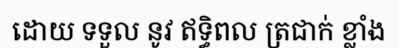
ដោយ ទទួល នូវ ឥទ្ធិពល ត្រជាក់ ខ្លាំង